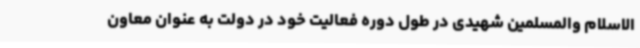
الاسلام والمسلمین شهیدی در طول دوره فعالیت خود در دولت به عنوان معاون